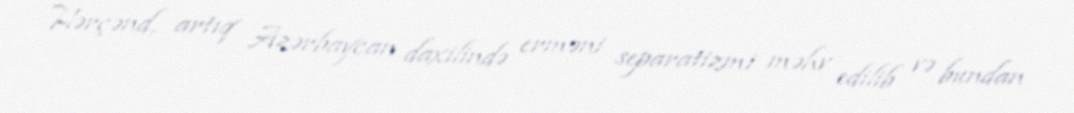
Hərçənd, artıq Azərbaycan daxilində erməni separatizmi məhv edilib və bundan